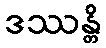
ဒဿန္တိ